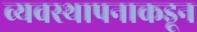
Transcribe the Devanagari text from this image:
व्यवस्थापनाकडून